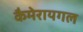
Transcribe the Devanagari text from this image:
कैमेरायगल